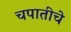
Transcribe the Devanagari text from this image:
चपातीचे